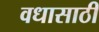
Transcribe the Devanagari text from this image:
वधासाठी